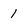
Character: 1